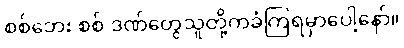
စစ်ဘေး စစ် ဒဏ်တွေသူတို့ကခံကြရမှာပေါ့နော်။